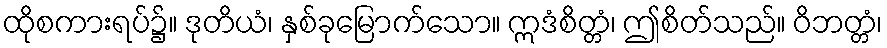
ထိုစကားရပ်၌။ ဒုတိယံ၊ နှစ်ခုမြောက်သော။ ဣဒံစိတ္တံ၊ ဤစိတ်သည်။ ဝိဘတ္တံ၊